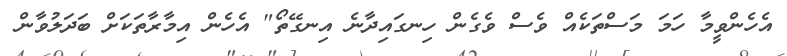
އެހެންވީމާ ހަމަ މަސްތަކެއް ވެސް ވެގެން ހިނގައިދާނެ އިނގޭތޯ" އެހެން އިމާރާތަކަށް ބަދަލުވާން